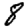
Digit: 8